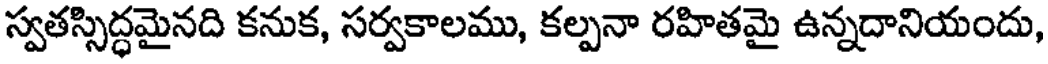
స్వతస్సిద్ధమైనది కనుక, సర్వకాలము, కల్పనా రహితమై ఉన్నదానియందు,